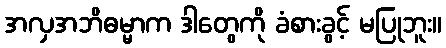
အလှအဘိဓမ္မာက ဒါတွေကို ခံစားခွင့် မပြုဘူး။